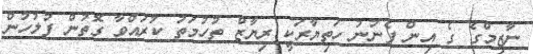
ނާޒިމްގެ ގެ އިން ފެނުނު ހަތިޔާރަކީ ރިޔާޒް ތުހުމަތު ކުރައްވާ ގޮތުން ފުލުހުން